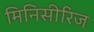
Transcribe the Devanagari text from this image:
मिनिसीरिज